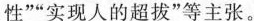
性”“实现人的超拨”等主张。